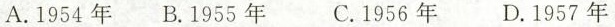
A.1954年 B.1955年 C.1956年 D.1957年